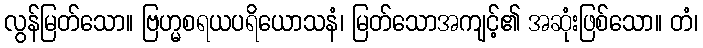
လွန်မြတ်သော။ ဗြဟ္မစရယပရိယောသနံ၊ မြတ်သောအကျင့်၏ အဆုံးဖြစ်သော။ တံ၊